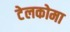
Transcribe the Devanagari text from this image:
टेलकोमा